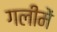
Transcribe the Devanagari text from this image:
गलीमें